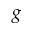
g